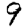
Digit: 9